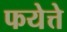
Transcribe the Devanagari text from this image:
फयेत्ते